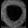
Digit: ၀